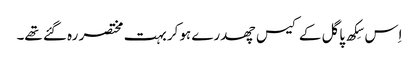
اِس سِکھ پاگل کے کیس چھدرے ہوکر بہت مختصر رہ گئے تھے۔